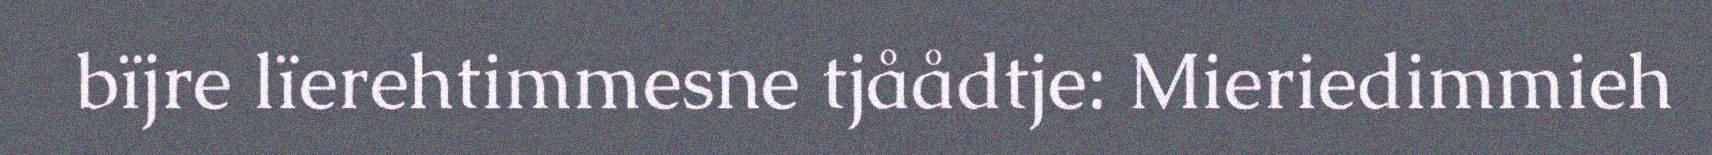
bïjre lïerehtimmesne tjåådtje: Mieriedimmieh